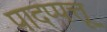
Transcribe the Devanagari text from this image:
पादप्पत्तू